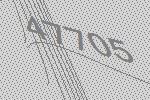
47705